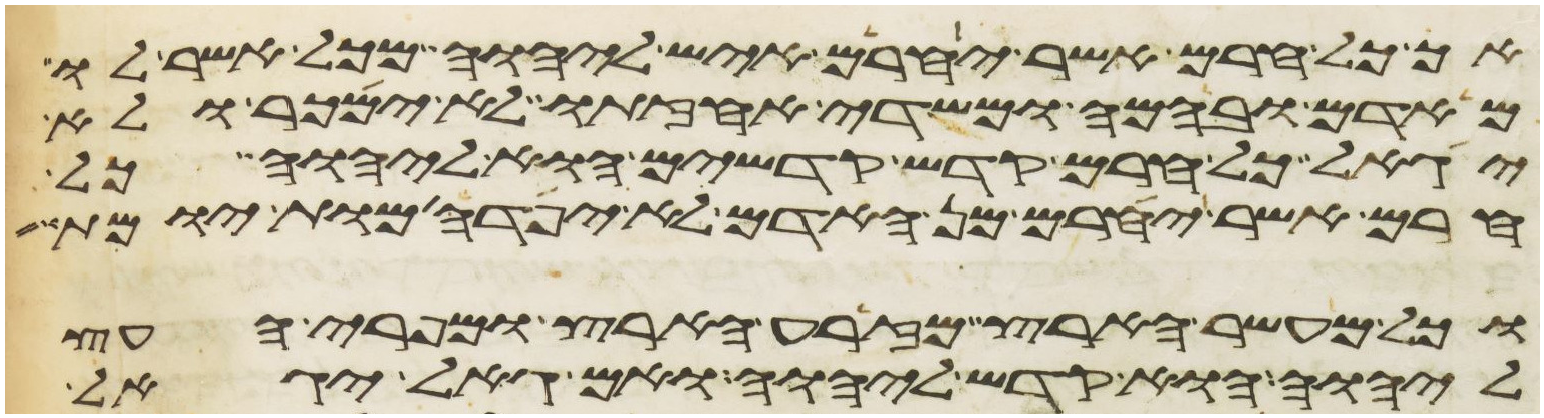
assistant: אך כל חרם אשר יחרם איש ליהוה מכל אשר לו
מאדם ובהמה ומשדה אחזתו לא ימכר ולא
יגאל כל חרם קדש קדשים הוא ליהוה כל
חרם אשר יחרם מן האדם לא יפדה מות יומת
וכל מעשר הארץ מזרע הארץ ומפרי העץ
ליהוה הוא קדש ליהוה ואם גאל יגאל